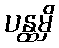
ပန္ထမှိ